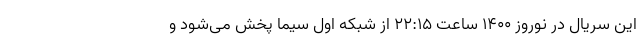
این سریال در نوروز ۱۴۰۰ ساعت ۲۲:۱۵ از شبکه اول سیما پخش می‌شود و